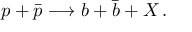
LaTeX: p + \bar { p } \longrightarrow b + \bar { b } + X \, .